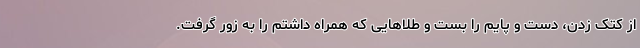
از کتک زدن، دست و پایم را بست و طلاهایی که همراه داشتم را به زور گرفت.